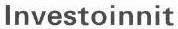
Investoinnit